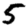
Digit: 5